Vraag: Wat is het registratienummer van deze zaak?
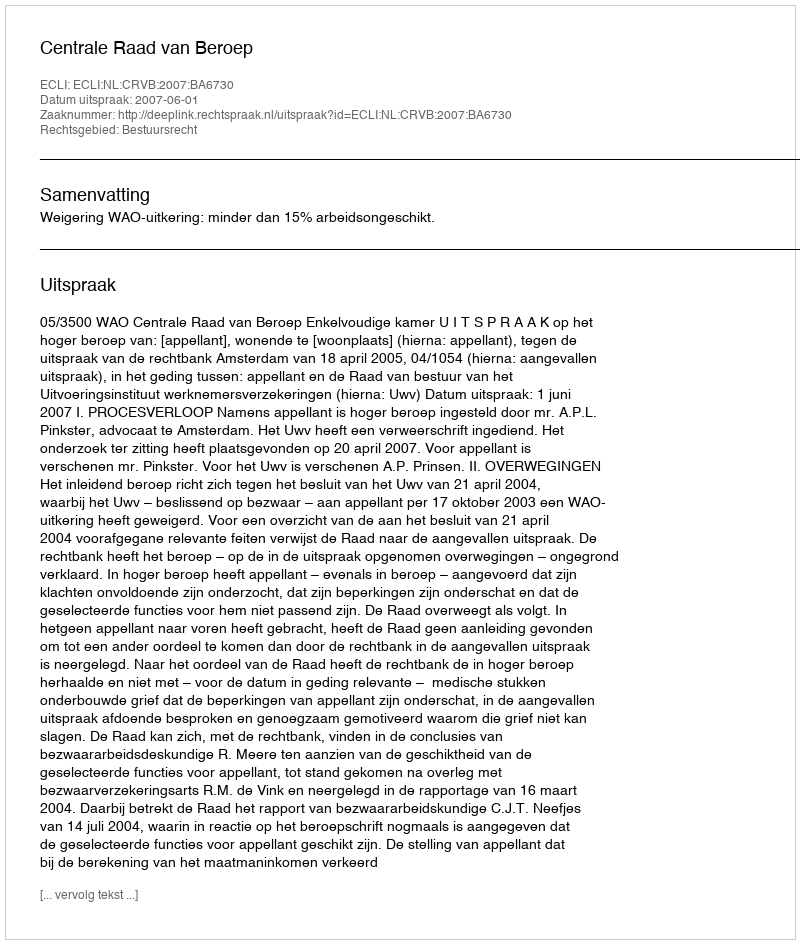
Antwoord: http://deeplink.rechtspraak.nl/uitspraak?id=ECLI:NL:CRVB:2007:BA6730